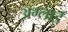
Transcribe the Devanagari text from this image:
अम्लाई